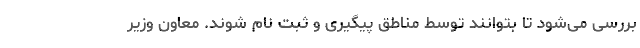
بررسی می‌شود تا بتوانند توسط مناطق پیگیری و ثبت نام شوند. معاون وزیر